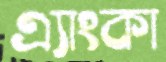
এ্যাংকা